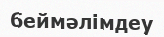
беймәлімдеу